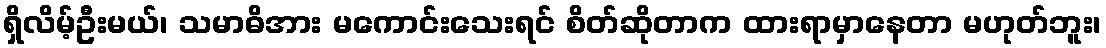
ရှိလိမ့်ဦးမယ်၊ သမာဓိအား မကောင်းသေးရင် စိတ်ဆိုတာက ထားရာမှာနေတာ မဟုတ်ဘူး၊